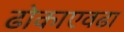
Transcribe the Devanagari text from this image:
ढोकाएवढा